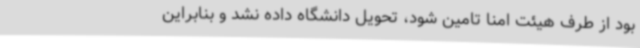
بود از طرف هیئت امنا تامین شود، تحویل دانشگاه داده نشد و بنابراین